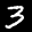
Label: 3